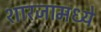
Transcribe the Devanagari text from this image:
शारजामध्ये